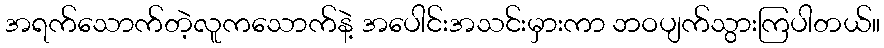
အရက်သောက်တဲ့လူကသောက်နဲ့ အပေါင်းအသင်းမှားကာ ဘဝပျက်သွားကြပါတယ်။